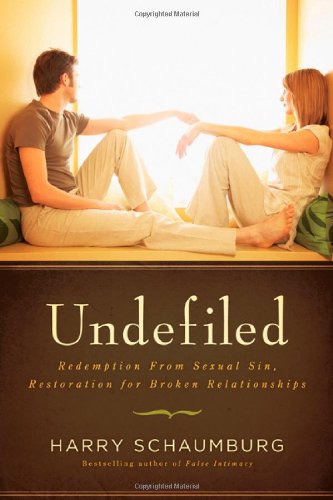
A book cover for Undefiled: Redemption From Sexual Sin, Restoration For Broken Relationships; Harry Schaumburg; Christian Books & Bibles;